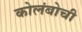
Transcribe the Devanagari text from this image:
कोलंबोची